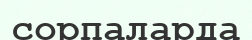
сорпаларда